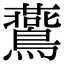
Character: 鷰